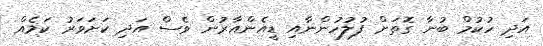
އަދި ހުކުމް ބުނާ ގޮތަށް ފުލުހުންނާއި ޑީއެންއާރުން ވެސް އަދި ކަށަވަރު ކަމެއް